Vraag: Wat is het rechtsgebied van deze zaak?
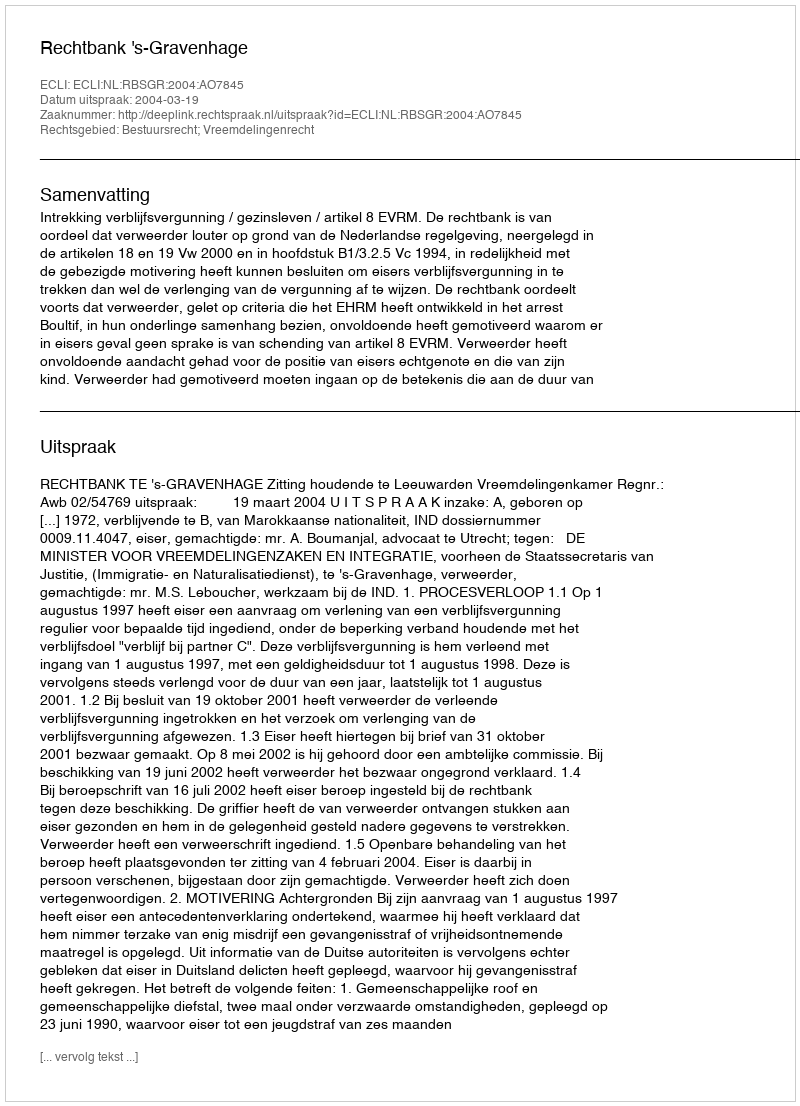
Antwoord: Bestuursrecht; Vreemdelingenrecht